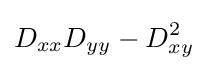
D_{xx}D_{yy}-D_{xy}^{2}